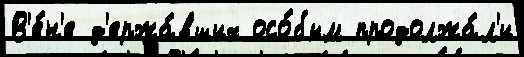
В'е́н'е д'ержа́вших осо́бым продолжа́л'и